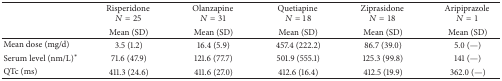
<table><thead><tr><td><b> </b></td><td><b>Risperidone <i>N</i> = 25</b></td><td><b>Olanzapine <i>N</i> = 31</b></td><td><b>Quetiapine <i>N</i> = 18</b></td><td><b>Ziprasidone <i>N</i> = 18</b></td><td><b>Aripiprazole <i>N</i> = 1</b></td></tr><tr><td><b> </b></td><td><b>Mean (SD)</b></td><td><b>Mean (SD)</b></td><td><b>Mean (SD)</b></td><td><b>Mean (SD)</b></td><td><b>Mean (SD)</b></td></tr></thead><tbody><tr><td>Mean dose (mg/d)</td><td>3.5 (1.2)</td><td>16.4 (5.9)</td><td>457.4 (222.2)</td><td>86.7 (39.0)</td><td>5.0 (—)</td></tr><tr><td>Serum level (nm/L)*</td><td>71.6 (47.9)</td><td>121.6 (77.7)</td><td>501.9 (555.1)</td><td>125.3 (99.8)</td><td>141 (—)</td></tr><tr><td>QTc (ms)</td><td>411.3 (24.6)</td><td>411.6 (27.0)</td><td>412.6 (16.4)</td><td>412.5 (19.9)</td><td>362.0 (—)</td></tr></tbody></table>